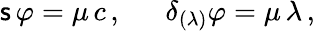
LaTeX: \mathsf{s}\, \varphi=\mu\, c\, ,~~~~~~\delta_{(\lambda)}\varphi=\mu\, \lambda\, ,